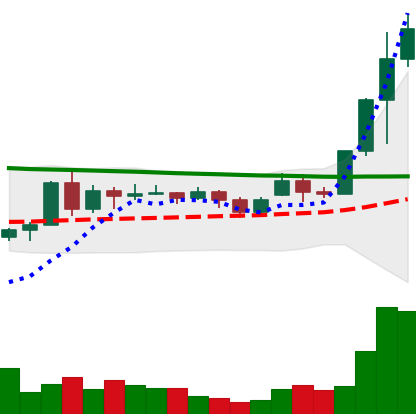
Ticker: ADA-USD
Chart end date: 2020-11-23
Forward return: 7.349%
Label: up_7plus